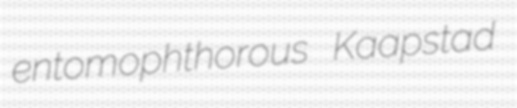
entomophthorous Kaapstad